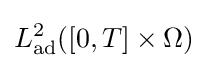
L_{\mathrm {ad} }^{2}([0,T]\times \Omega )